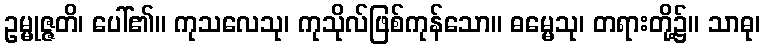
ဥမ္မုဇ္ဇတိ၊ ပေါ်၏။ ကုသလေသု၊ ကုသိုလ်ဖြစ်ကုန်သော။ ဓမ္မေသု၊ တရားတို့၌။ သာဓု၊